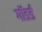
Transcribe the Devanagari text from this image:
गॉडर्ड